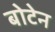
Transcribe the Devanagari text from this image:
बोटेन